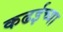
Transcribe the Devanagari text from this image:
कढईच्या